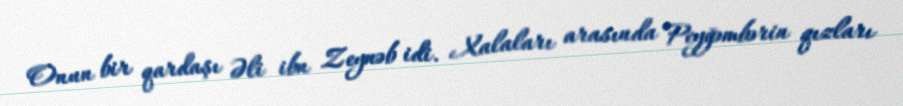
Onun bir qardaşı Əli ibn Zeynəb idi. Xalaları arasında Peyğəmbərin qızları